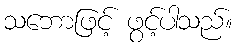
သဘောဖြင့် ဖွင့်ပါသည်။